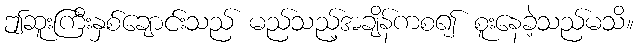
ဤဆူးကြီးနှစ်ချောင်းသည် မည်သည့်အချိန်ကစ၍ စူးနေခဲ့သည်မသိ။